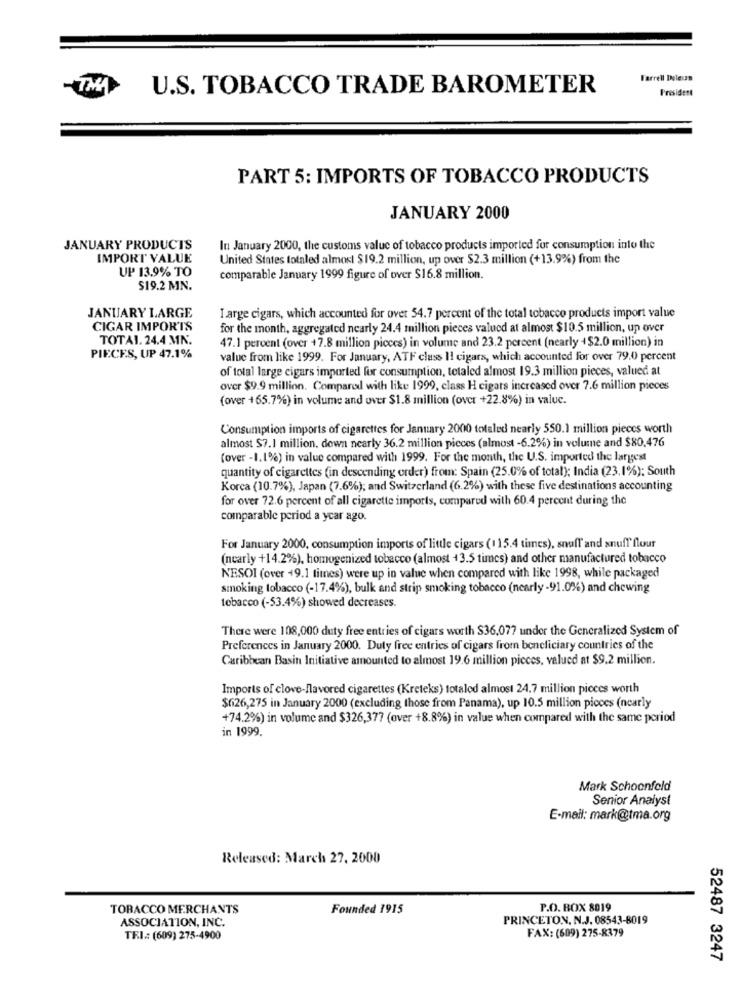
Farrell Doleun
TMA
U.S. TOBACCO TRADE BAROMETER
President
PART 5: IMPORTS OF TOBACCO PRODUCTS
JANUARY 2000
JANUARY PRODUCTS
In January 2000, the customs value of tobacco products imported fur consumption into the
IMPORT VALUE
United States totaled almost $19.2 million, up over $2.3 million (+13.9%) from the
UP 13.9% TO
comparable January 1999 figure of over $16.8 million.
$19.2 MN.
JANUARY LARGE
Large cigars, which accounted for over 54.7 percent of the total tobacco products import value
CIGAR IMPORTS
for the month, aggregated nearly 24.4 million pieces valued at almost $10.5 million, up over
TOTAL. 24.4 MN.
47.1 percent (over +7.8 million picces) in volume and 23.2 percent (nearly +$2.0 million) in
PIECES, UP 47.1%
value from like 1999. For January, ATF class Il cigars, which accounted for over 79.0 percent
of total large cigars imported for consumption, totaled almost 19.3 million pieces, valued at
over $9.9 million. Comparoll with like 1999, class H cigars increased over 7.6 million pieces
(over +65.7%) in volume and over $1.8 million (over +22.8%) in valuc.
Consumption imports of cigarettes for January 2000 totaled nearly 550.1 million pieces worth
almost $7.1 million, down nearly 36.2 million pieces (almost -6.2%) in volume and $80,476
(over -1. 1%) in value compared with 1999. For the month, the U.S. imported the largest
quantity of cigarettes (in descending order) from: Spain (25.0% of total); India (23.1%): South
Korea (10.7%), Japan (7.6%); and Switzerland (6.2%) with these five destinations accounting
for over 72.6 percent of all cigarette imports, compared with 60.4 percent during the
comparable period a year ago.
For January 2000, consumption imports of little cigars (115.4 times), snufl' and snuff flour
(nearly +14.2%), homogenized tobacco (almost +3.5 times) and other manufactured tobacco
NESOI (over +9.1 times) were up in value when compared with like 1998, while packaged
smoking tobacco (-17.4%), bulk and strip smoking tobacco (nearly -91.0%) and chewing
tobacco (-53.4%) showed decreases.
There were 108,000 duty free entries of cigars worth $36,077 under the Generalized System of
Preferences in January 2000. Duty free entries of cigars from beneficiary countries of the
Caribbean Basit Initiative amounted to almost 19.6 million pieces, valued at $9.2 million.
Imports of clove-flavored cigarettes (Kreteks) totaled almost 24.7 million pieces worth
$626,275 in January 2000 (excluding those from Panama), up 10.5 million picces (nearly
+74.2%) in volume and $326,377 (over +8.8%) in value when compared with the same period
in 1999.
Mark Schoonfeld
Senior Analyst
E-mail: mark@tma.org
Released: March 27, 2000
TOBACCO MERCHANTS
Founded 1915
P.O. BOX 8019
ASSOCIATION, INC.
PRINCETON, N.J. 08543-8019
FAX: (609) 275-8379
TE.I .: (609) 275-4900
52487 3247